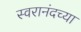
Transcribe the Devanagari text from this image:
स्वरानंदच्या